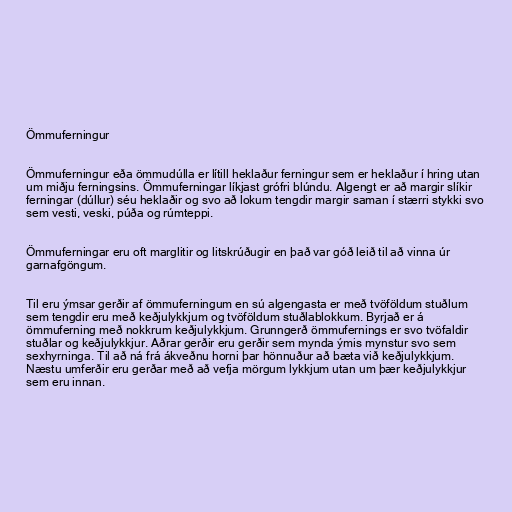
Ömmuferningur

Ömmuferningur eða ömmudúlla er lítill heklaður ferningur sem er heklaður í hring utan
um miðju ferningsins. Ömmuferningar líkjast grófri blúndu. Algengt er að margir slíkir
ferningar (dúllur) séu heklaðir og svo að lokum tengdir margir saman í stærri stykki svo
sem vesti, veski, púða og rúmteppi.

Ömmuferningar eru oft marglitir og litskrúðugir en það var góð leið til að vinna úr
garnafgöngum.

Til eru ýmsar gerðir af ömmuferningum en sú algengasta er með tvöföldum stuðlum
sem tengdir eru með keðjulykkjum og tvöföldum stuðlablokkum. Byrjað er á
ömmuferning með nokkrum keðjulykkjum. Grunngerð ömmufernings er svo tvöfaldir
stuðlar og keðjulykkjur. Aðrar gerðir eru gerðir sem mynda ýmis mynstur svo sem
sexhyrninga. Til að ná frá ákveðnu horni þar hönnuður að bæta við keðjulykkjum.
Næstu umferðir eru gerðar með að vefja mörgum lykkjum utan um þær keðjulykkjur
sem eru innan.